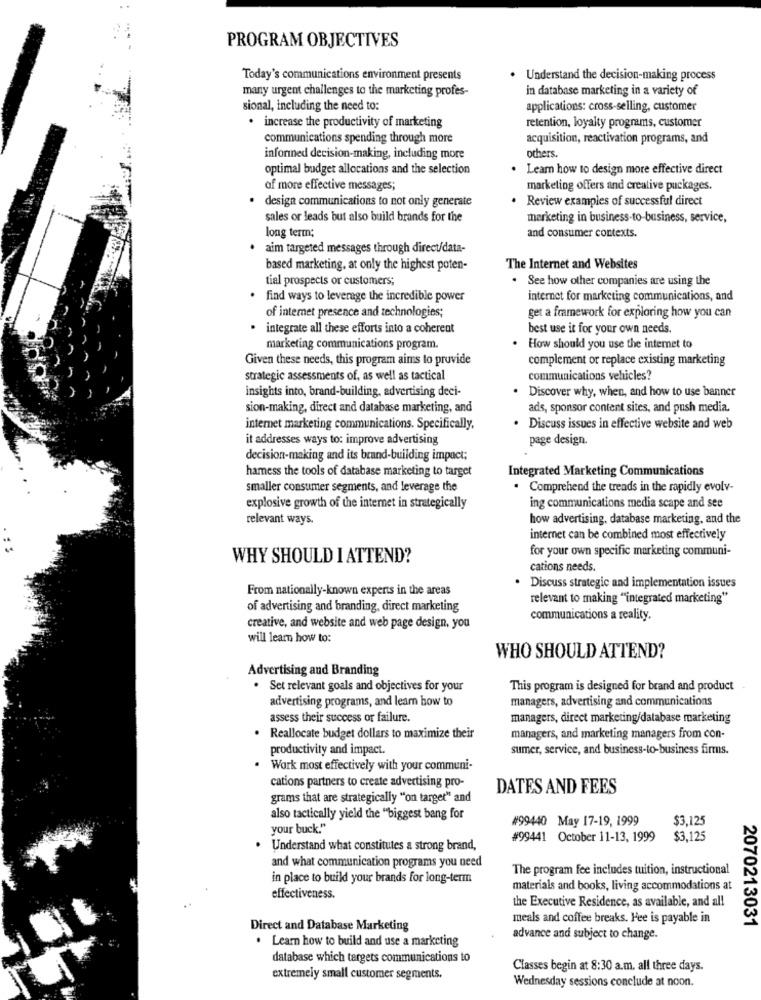
PROGRAM OBJECTIVES
Today's communications environment presents
Understand the decision-making process
many urgent challenges to the marketing profes-
in database marketing in a variety of
sional, including the need to:
applications: cross-selling, customer
. increase the productivity of marketing
retention, loyalty programs, customer
communications spending through more
acquisition, reactivation programs, and
inforned decision-making, including more
others.
optimal budget allocations and the selection
Learn how to design more effective direct
of more effective messages;
marketing offers and creative puckages.
design communications to not only generate
· Review examples of successful direct
sales or leads but also build brands for the
marketing in business-to-business, service,
long term;
and consumer contexts.
· aim targeted messages through direct/data-
based marketing, at only the highest poten-
The Internet and Websites
tial prospects or customers;
. See how other companies are using the
find ways to leverage the incredible power
internet for marketing communications, and
of internet presence and technologies;
get a framework for exploring how you can
· integrate all these efforts into a coherent
best use it for your own needs.
marketing communications program.
How should you use the internet to
Given these needs, this program aims to provide
complement or replace existing marketing
strategic assessments of, as well as tactical
communications vehicles?
insights into, brand-building, advertising deci-
. Discover why, when, and how to use banner
sion-making, direct and database marketing, and
ads, sponsor content sites, and push media.
internet marketing communications. Specifically,
. Discuss issues in effective website and web
it addresses ways to: improve advertising
page design.
decision-making and its brand-building impact;
hamess the tools of database marketing to target
Integrated Marketing Communications
smaller consumer segments, and leverage the
. Comprehend the trends in the rapidly evolv-
explosive growth of the internet in strategically
ing communications media scape and see
relevant ways.
how advertising, database marketing, and the
internet can be combined most effectively
for your own specific marketing communi-
WHY SHOULD I ATTEND?
cations needs.
. Discuss strategic and implementation issues
From nationally-known experts in the areas
relevant to making "integrated marketing"
of advertising and branding, direct marketing
communications a reality.
creative, and website and web page design, you
will learn how to:
WHO SHOULD ATTEND?
Advertising and Branding
. Set relevant goals and objectives for your
This program is designed for brand and product
advertising programs, and learn how to
managers, advertising and communications
assess their success or failure.
managers, direct marketing/database marketing
. Reallocate budget dollars to maximize their
managers, and marketing managers from con-
productivity and impact.
sumer, service, and business-to-business firms.
Work most effectively with your communi-
cations partners to create advertising pro-
DATES AND FEES
grams that are strategically "on target" and
also tactically yield the "biggest bang for
#99440 May 17-19, 1999
$3,125
your buck."
#99441 October 11-13, 1999
$3,125
Understand what constitutes a strong brand,
and what communication programs you need
The program fee includes tuition, instructional
in place to build your brands for long-term
materials and books, living accommodations at
effectiveness.
the Executive Residence, as available, and all
meals and coffee breaks. Hee is payable in
Direct and Database Marketing
2070213031
. Learn how to build and use a marketing
advance and subject to change.
database which targets communications to
Classes begin at 8:30 a.m. all three days.
extremely small customer segments.
Wednesday sessions conclude at noon.